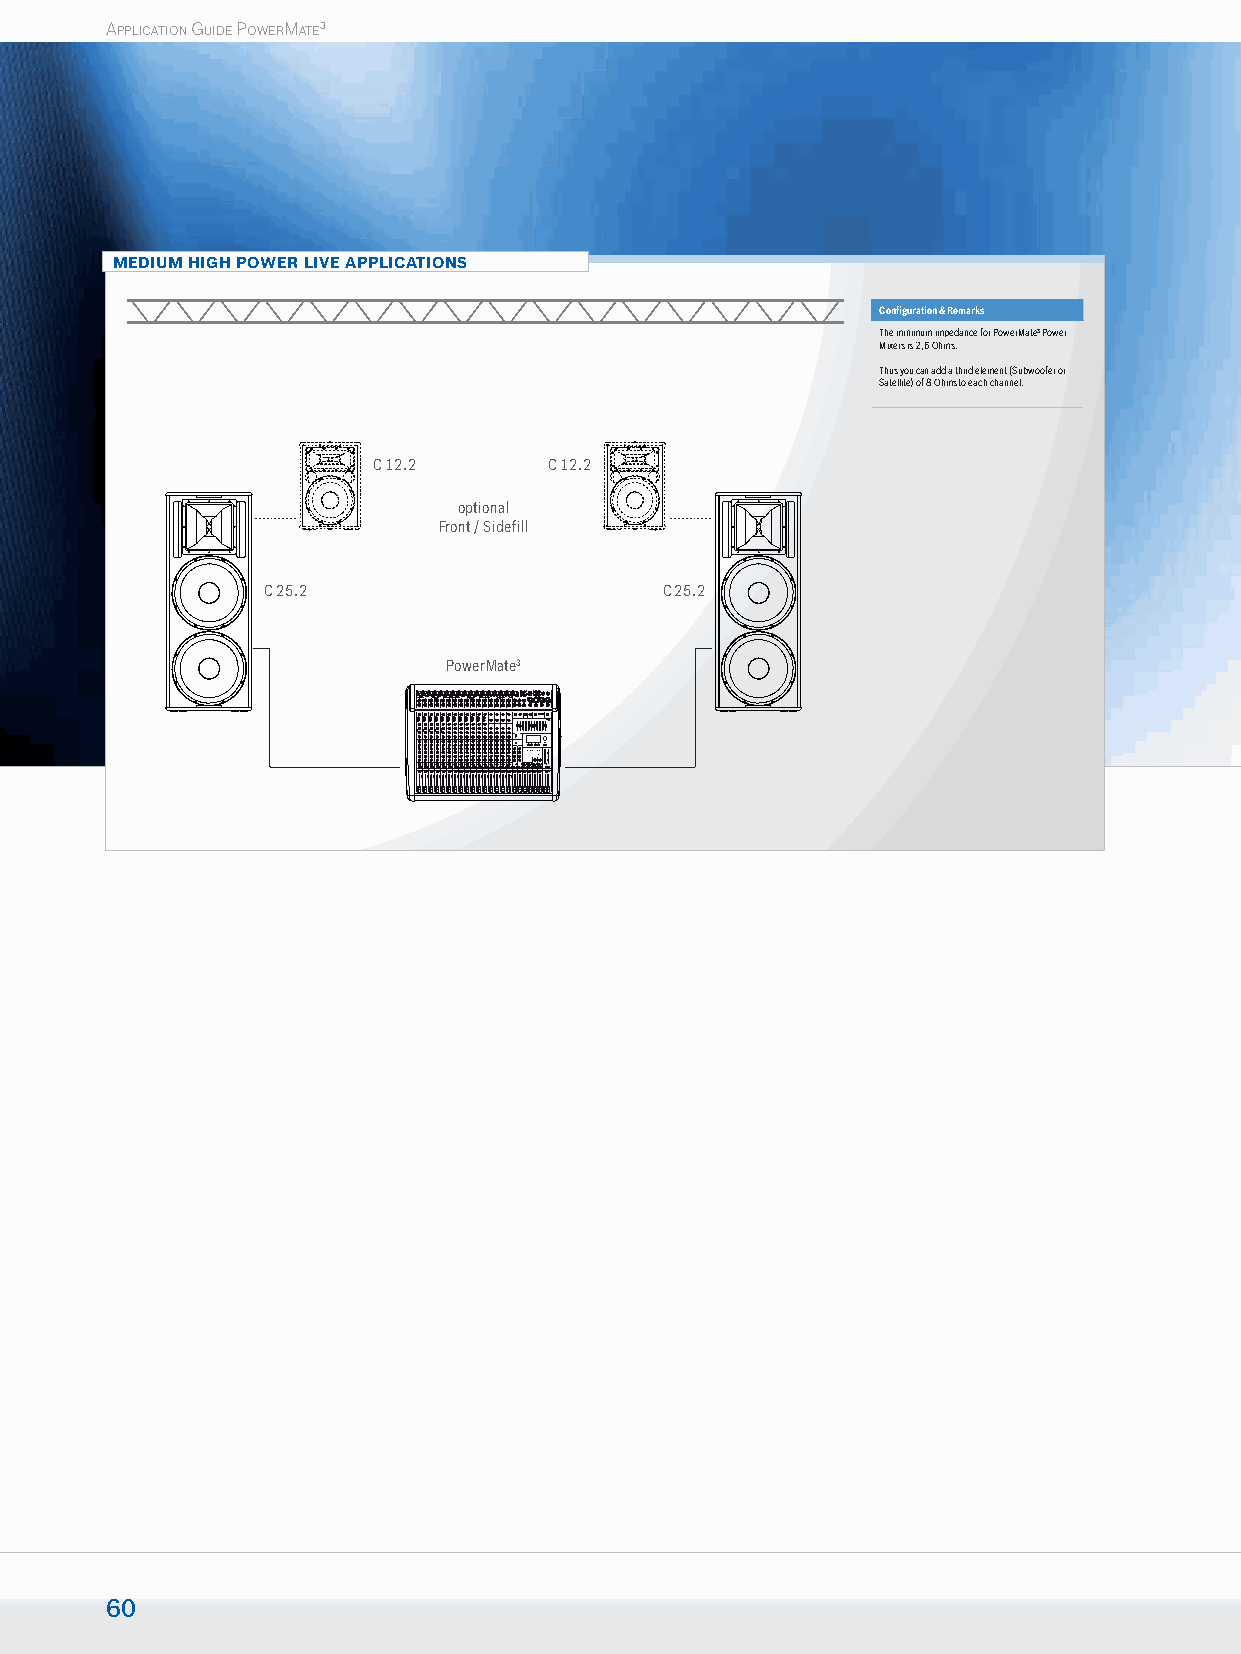
APPLICATION GUIDE POWERMATE3
 MEDIUM HIGH POWER LIVE APPLICATIONS
 Confi guration & Remarks
 The minimum impedance for PowerMate3 Power
 Mixers is 2,6 Ohms.
 Thus you can add a third element (Subwoofer or
 Satellite) of 8 Ohms to each channel.
 C 12.2     C 12.2
 optional
 Front / Sidefill
 C 25.2                     C 25.2
 PowerMate3
 60